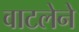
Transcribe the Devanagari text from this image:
वाटलेने